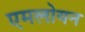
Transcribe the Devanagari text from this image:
एमलोयन